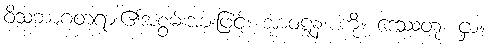
ဝိသဘာဂတရား၏အစွမ်းအားဖြင့်။ အာဝဋ္ဋနံ၊ ကို။ ဒေဿတုံ၊ ငှာ။